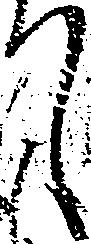
て